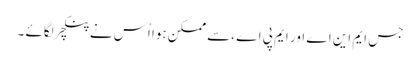
جس ایم این اے اور ایم پی اے ،سے ممکن ہوا اُس نے پنکچر لگائے ۔